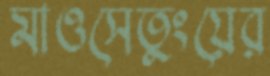
মাওসেতুংয়ের